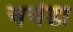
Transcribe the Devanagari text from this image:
चचेंडा